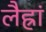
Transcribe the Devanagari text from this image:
लैह्रां